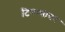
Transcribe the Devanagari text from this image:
टिपण्यावर